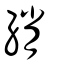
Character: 綃